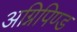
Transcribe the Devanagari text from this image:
अग्निपिण्ड